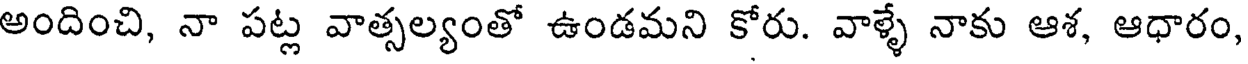
అందించి, నా పట్ల వాత్సల్యంతో ఉండమని కోరు. వాళ్ళే నాకు ఆశ, ఆధారం,